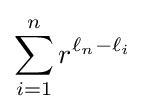
\sum _{i=1}^{n}r^{\ell _{n}-\ell _{i}}